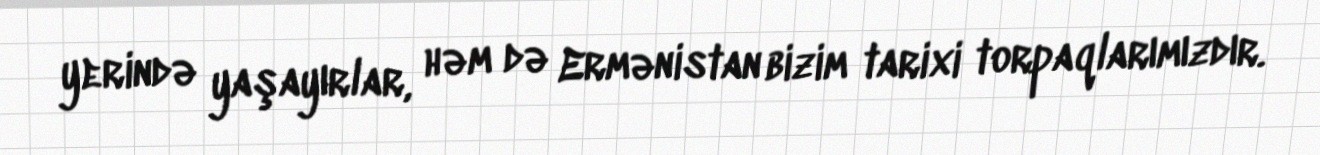
yerində yaşayırlar, həm də Ermənistan bizim tarixi torpaqlarımızdır.